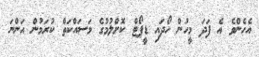
އެހެންވެ އެ ފަދަ މީހުން ހޯދައި ޑީޕޯޓް ކޮށްލުމުގެ މަސައްކަތް ކުރަމުން އަންނަ